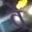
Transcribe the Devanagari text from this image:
वेें